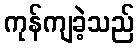
ကုန်ကျခဲ့သည်